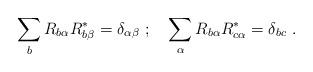
LaTeX: \begin{align*}\sum_{b} R_{b\alpha}R_{b\beta}^*=\delta_{\alpha\beta}\ ; \ \ \ \sum_{\alpha} R_{b\alpha}R_{c\alpha}^*=\delta_{bc}\ .\end{align*}